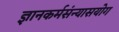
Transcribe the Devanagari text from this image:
ज्ञानकर्मसंन्यासयोग